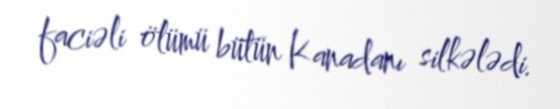
faciəli ölümü bütün Kanadanı silkələdi.